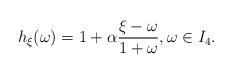
LaTeX: \begin{align*}h_{\xi}(\omega) = 1 + \alpha \frac{\xi - \omega}{1 + \omega }, \omega \in I_4.\end{align*}